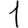
Digit: 1